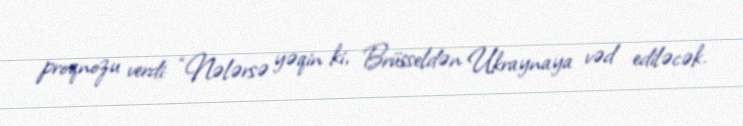
proqnozu verdi: “Nələrsə yəqin ki, Brüsseldən Ukraynaya vəd ediləcək.